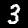
Label: 3